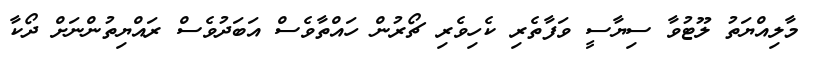
މާލިއްޔަތު ލޫޓުވާ ސިޔާސީ ވަފާތެރި ކެހިވެރި ޗޯރުން ހައްތާވެސް އަބަދުވެސް ރައްޔިތުންނަށް ދޯކާ